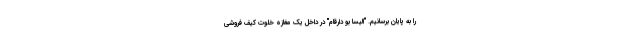
را به پایان برسانیم. "الیسا بو دارقام" در داخل یک مغازه خلوت کیف فروشی